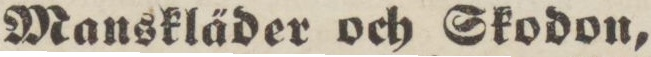
Manskläder och Skodon,